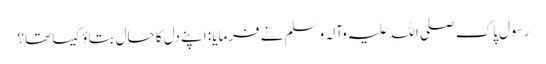
رسول پاک صلی اللہ علیہ وآلہ وسلم نے فرمایا: اپنے دل کا حال بتاؤ کیسا تھا؟